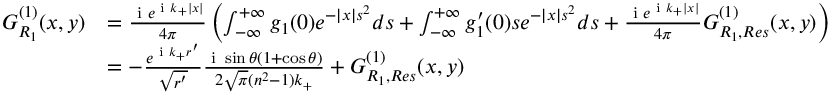
\begin{array} { r l } { G _ { R _ { 1 } } ^ { ( 1 ) } ( x , y ) } & { = \frac { \textrm { i } e ^ { \textrm { i } k _ { + } | x | } } { 4 \pi } \left( \int _ { - \infty } ^ { + \infty } g _ { 1 } ( 0 ) e ^ { - | x | s ^ { 2 } } d s + \int _ { - \infty } ^ { + \infty } g _ { 1 } ^ { \prime } ( 0 ) s e ^ { - | x | s ^ { 2 } } d s + \frac { \textrm { i } e ^ { \textrm { i } k _ { + } | x | } } { 4 \pi } G _ { R _ { 1 } , R e s } ^ { ( 1 ) } ( x , y ) \right) } \\ & { = - \frac { e ^ { \textrm { i } k _ { + } r ^ { \prime } } } { \sqrt { r ^ { \prime } } } \frac { \textrm { i } \sin \theta ( 1 + \cos \theta ) } { 2 \sqrt { \pi } ( n ^ { 2 } - 1 ) k _ { + } } + G _ { R _ { 1 } , R e s } ^ { ( 1 ) } ( x , y ) } \end{array}